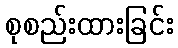
စုစည်းထားခြင်း